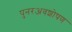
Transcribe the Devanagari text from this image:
पुनरअवशोषण